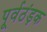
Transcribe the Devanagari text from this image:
पूर्वठंड़क